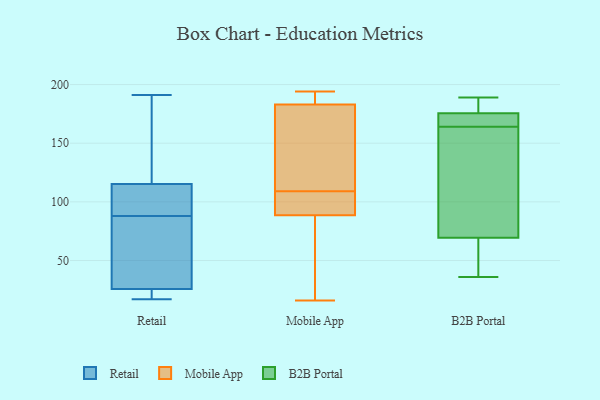
{"axis": {"x": "Satisfaction Score", "y": "Value"}, "legend": ["B2B Portal", "Mobile App", "Retail"], "data": [{"x": "", "y": 92, "type": "Retail"}, {"x": "", "y": 88, "type": "Retail"}, {"x": "", "y": 191, "type": "Retail"}, {"x": "", "y": 123, "type": "Retail"}, {"x": "", "y": 92, "type": "Retail"}, {"x": "", "y": 25, "type": "Retail"}, {"x": "", "y": 24, "type": "Retail"}, {"x": "", "y": 148, "type": "Retail"}, {"x": "", "y": 36, "type": "Retail"}, {"x": "", "y": 92, "type": "Retail"}, {"x": "", "y": 132, "type": "Retail"}, {"x": "", "y": 84, "type": "Retail"}, {"x": "", "y": 25, "type": "Retail"}, {"x": "", "y": 17, "type": "Retail"}, {"x": "", "y": 28, "type": "Retail"}, {"x": "", "y": 109, "type": "Mobile App"}, {"x": "", "y": 189, "type": "Mobile App"}, {"x": "", "y": 16, "type": "Mobile App"}, {"x": "", "y": 89, "type": "Mobile App"}, {"x": "", "y": 194, "type": "Mobile App"}, {"x": "", "y": 50, "type": "Mobile App"}, {"x": "", "y": 179, "type": "Mobile App"}, {"x": "", "y": 95, "type": "Mobile App"}, {"x": "", "y": 88, "type": "Mobile App"}, {"x": "", "y": 95, "type": "Mobile App"}, {"x": "", "y": 183, "type": "Mobile App"}, {"x": "", "y": 188, "type": "Mobile App"}, {"x": "", "y": 183, "type": "Mobile App"}, {"x": "", "y": 145, "type": "Mobile App"}, {"x": "", "y": 109, "type": "Mobile App"}, {"x": "", "y": 59, "type": "Mobile App"}, {"x": "", "y": 98, "type": "B2B Portal"}, {"x": "", "y": 36, "type": "B2B Portal"}, {"x": "", "y": 186, "type": "B2B Portal"}, {"x": "", "y": 43, "type": "B2B Portal"}, {"x": "", "y": 171, "type": "B2B Portal"}, {"x": "", "y": 189, "type": "B2B Portal"}, {"x": "", "y": 171, "type": "B2B Portal"}, {"x": "", "y": 177, "type": "B2B Portal"}, {"x": "", "y": 164, "type": "B2B Portal"}, {"x": "", "y": 98, "type": "B2B Portal"}, {"x": "", "y": 60, "type": "B2B Portal"}]}